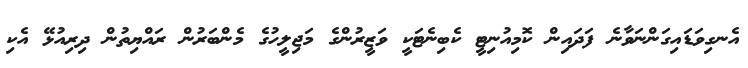
އެނގިވަޑައިގަންނަވާނެ ފަދައިން ކޮމިއުނިޓީ ކެބިނެޓަކީ ވަޒީރުންގެ މަޖިލީހުގެ މެންބަރުން ރައްޔިތުން ދިރިއުޅޭ އެކި